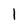
Character: 1